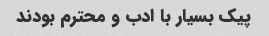
پیک بسیار با ادب و محترم بودند